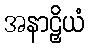
အနာဠှိယံ